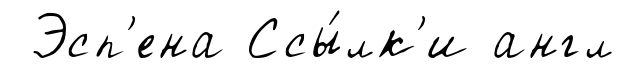
Эсп'ена Ссы́лк'и англ